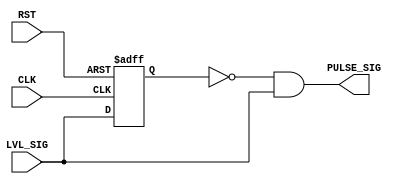

module PULSE_GEN  (
input 	LVL_SIG,
input 					CLK, RST,
output 	wire			PULSE_SIG

);


reg PG_FF ;
always @(posedge CLK or negedge RST)
begin
	if(!RST)
	begin
		PG_FF <=0;
	end 
	else
	begin
		PG_FF <= LVL_SIG;
	end


end

assign PULSE_SIG= ~(PG_FF) & LVL_SIG ;


endmodule